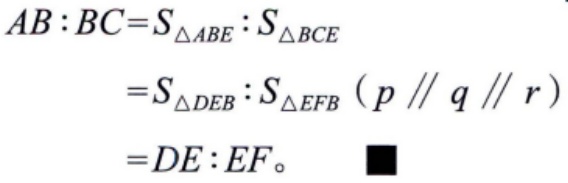
\[
\begin{align*}
AB:BC&=S_{\triangle ABE}:S_{\triangle BCE}\\
&=S_{\triangle DEB}:S_{\triangle EFB}\ (p\parallel q\parallel r)\\
&=DE:EF。\quad\blacksquare
\end{align*}
\]